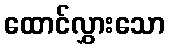
ထောင်လွှားသော